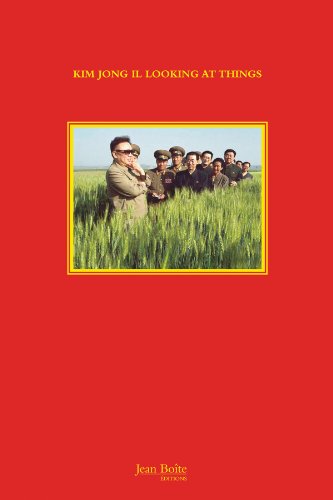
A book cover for Kim Jong Il Looking at Things; Marco Bohr; Arts & Photography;